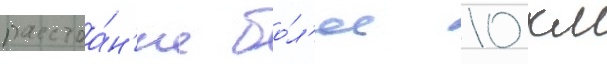
расстоа́н'ие бо́л'ее 10 км